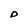
Character: D